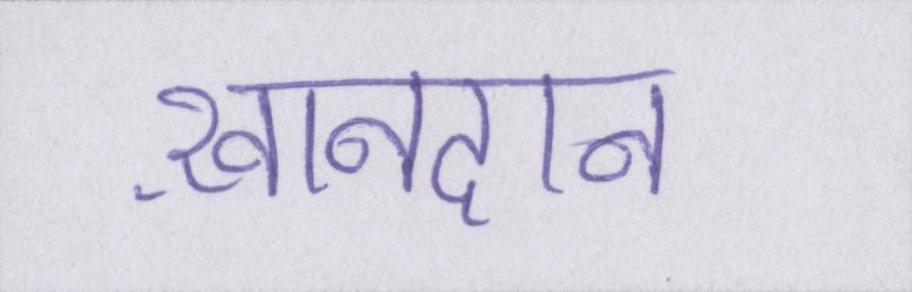
ख़ानदान